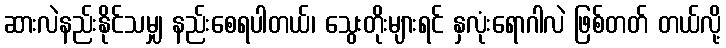
ဆားလဲနည်းနိုင်သမျှ နည်းစေရပါတယ်၊ သွေးတိုးများရင် နှလုံးရောဂါလဲ ဖြစ်တတ် တယ်လို့